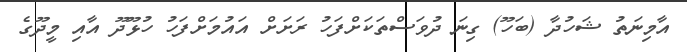
އާމިނަތު ޝަހުދާ (ބަހޫ) ގިނަ ދުވަސްތަކަށްފަހު ރަށަށް އައުމަށްފަހު ހުޅޫދޫ އާއި މީދޫގެ